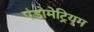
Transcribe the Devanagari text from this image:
एंडोमेट्रियम